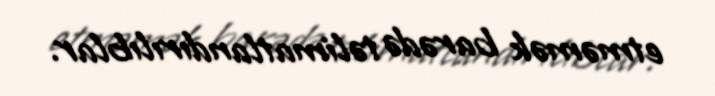
etməmək barədə təlimatlandırılıblar.